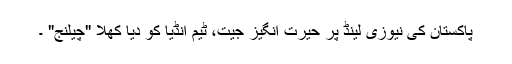
پاکستان کی نیوزی لینڈ پر حیرت انگیز جیت، ٹیم انڈیا کو دیا کھلا "چیلنج" ۔